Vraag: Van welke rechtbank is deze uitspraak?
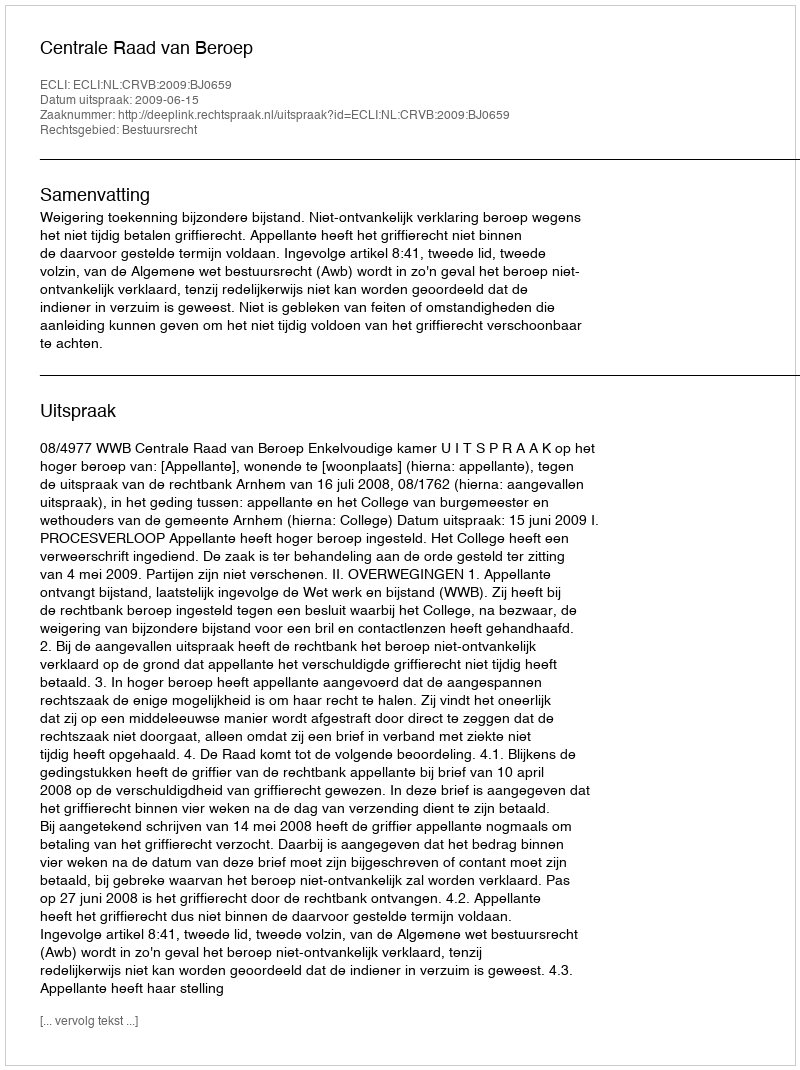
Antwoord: Centrale Raad van Beroep